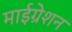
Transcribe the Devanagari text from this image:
माईग्रेशन